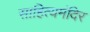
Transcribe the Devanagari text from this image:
साहित्यमंदिर